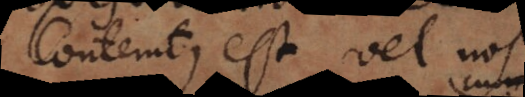
Contemtus est vel nostri